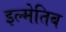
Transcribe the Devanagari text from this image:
इल्मेतिब